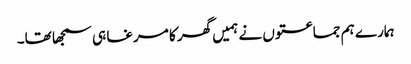
ہمارے ہم جماعتوں نے ہمیں گھر کا مرغا ہی سمجھا تھا۔